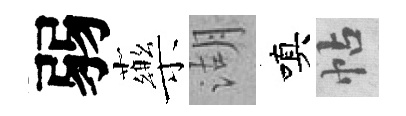
弱藥湖嗔帖